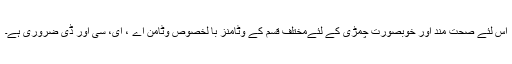
اس لئے صحت مند اور خوبصورت چمڑی کے لئےمختلف قسم کے وٹامنز با لخصوص وٹامن اے ، ای، سی اور ڈی ضروری ہے۔